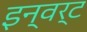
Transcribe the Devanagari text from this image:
इन्वर्ट